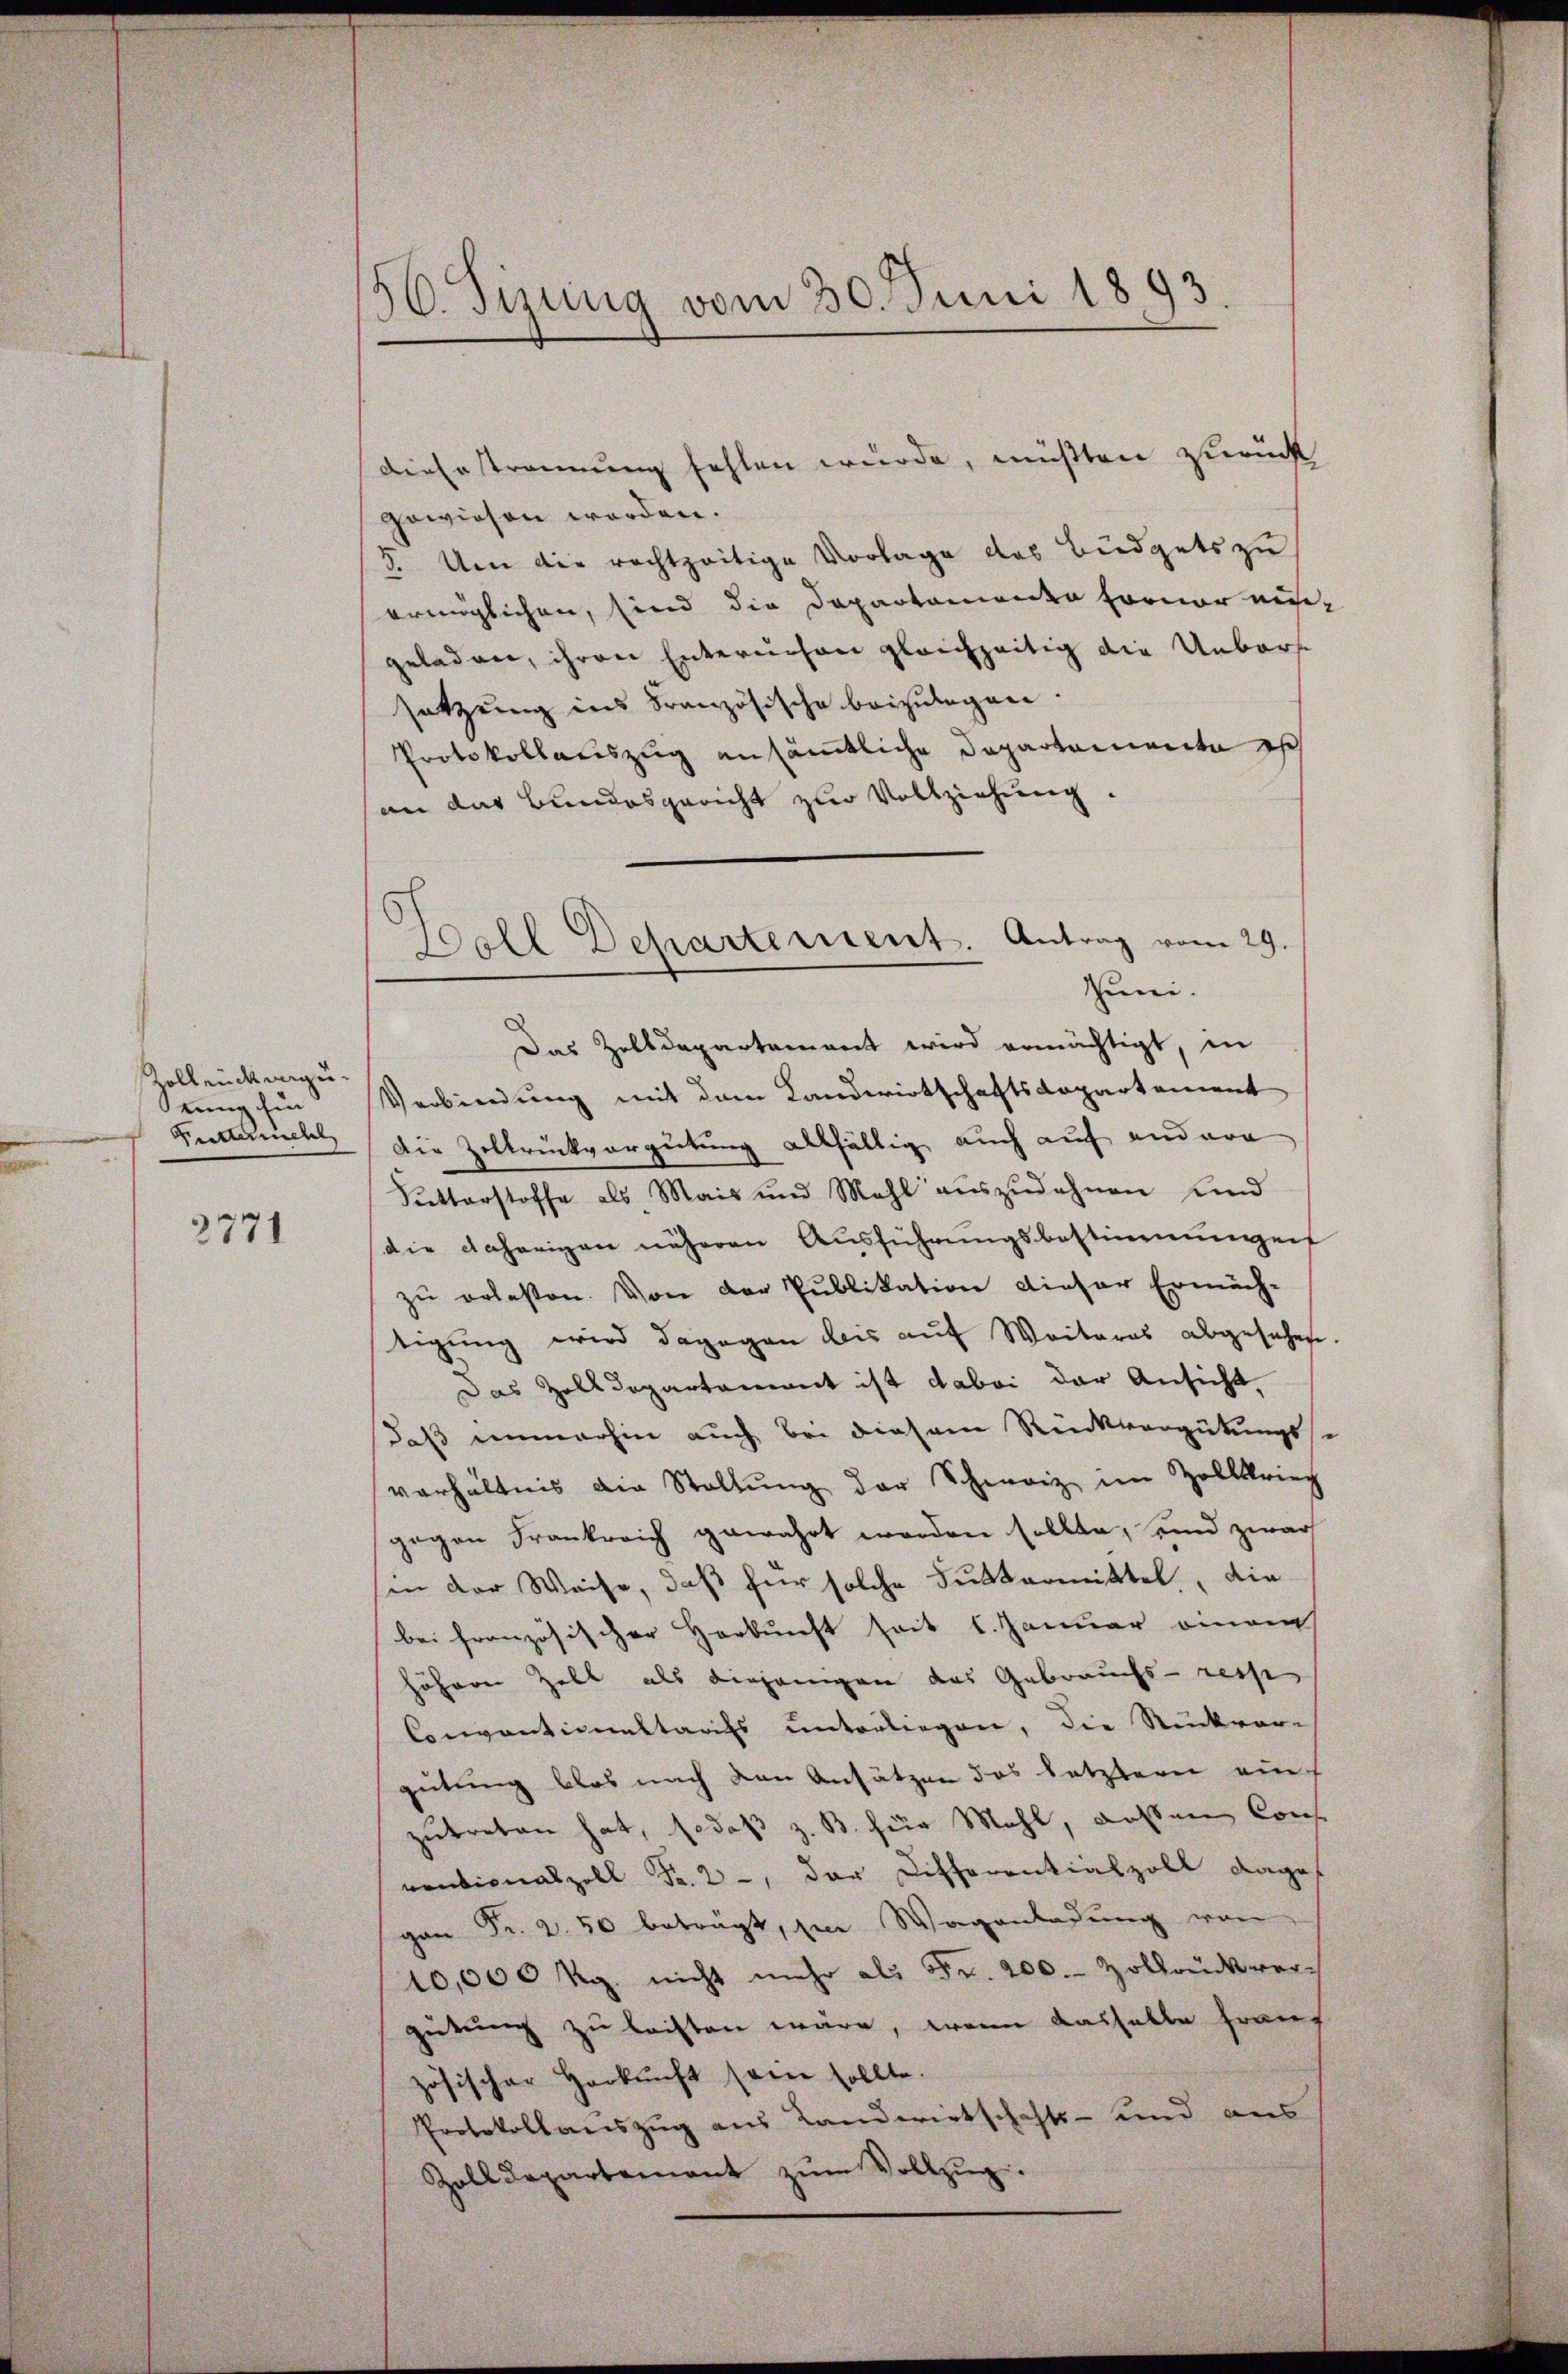
Zollende angerung fin
Futtermehl

3771

56. Sizung vom 30. Juni 1893

DieErstrennung fehlen wurde, müßten zurück
gewiesen worden.
5. Um die rechtzeitige Vorlage das Büdgets zu
ermöglichen, sind die Departamenden Forner aus
geladen, ihren Enternehen gleichzeitig die Unbars
setzung ins Französische beizulegen.
Protokollauszug ansämtliche Departemente ist
an das Bundesgericht zur Vollziehung.
Das Zolldepartement wird ermächtigt, in
Verbindung mit dem Landwirtschaftsdopartement
Die Zeltrückvergütung allfältig auch auf andere
Sutterstoffe als Mais und Mahl auszudehnen und
die daherigen näheren Aŭsführungsbestimmungen
zu erlesen. Von der Publikation dieser Ermäch-
tigung wird dagegen bis aŭf Weiteres abgesehen
Das Zolldepartament ist dabei der Ansicht,
daß immerhin auch bei diesem Rückvergütungss
verhältnis die Stallŭng der Schweiz im Zollkrieg
gegen Frankreich gewahrt worden sollte, und zwar
sin der Weise, daß für solche Futtermittel, die
bei französischer Herkunft seit 1. Januar einem
höhern Hall als diejenigen das Gebrauchs- resse
Conventionaltarifs unterliegen, die Rückvor-
gütung blos nach den Ansätzen das letzterer einzutreten hat, fo daß z. B. für Mahl, aussen Cons
ventionalzoll Fr. 2, der Differentialzoll dage
gan Fr. 250 beträgt, zu Wagenladung von
10,000 Rg. nicht mehr als Fr. 200. Zollrückvergütung zu leisten wäre, wenn dasselbe Frauf
zösischer Herkŭnft sein sollte.
Protokollauszug aus Landwirtschafts- und aus
Zolldepartenant zŭm Vollzŭg.

Ball Departement. Antrag vom 29.
Zum.